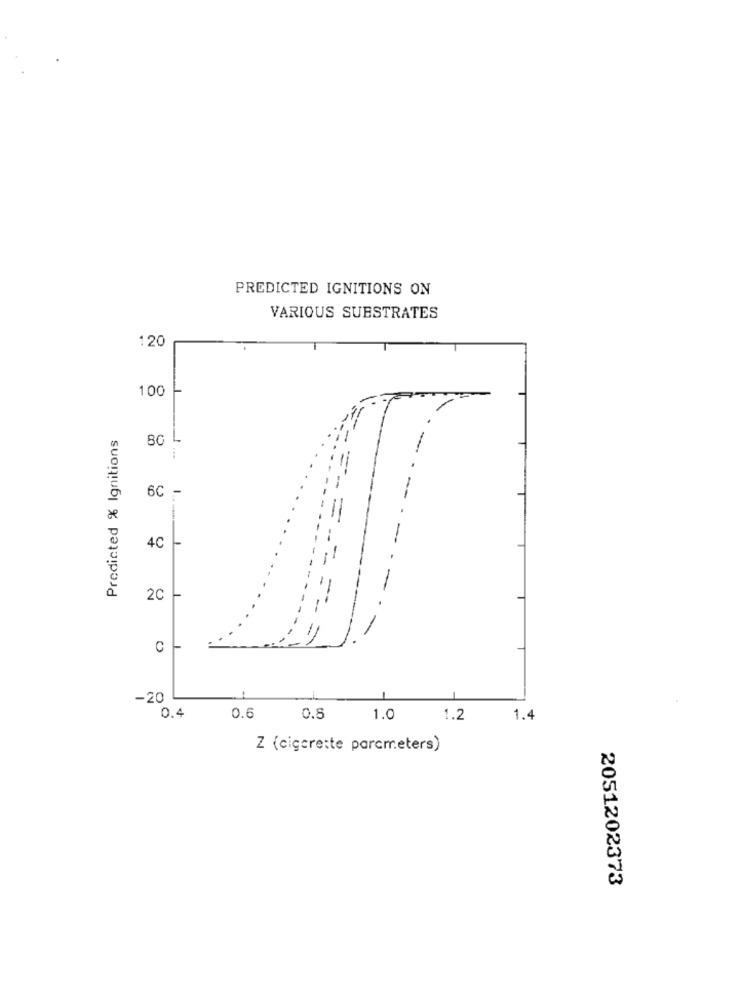
PREDICTED IGNITIONS ON
VARIOUS SUBSTRATES
120
100
Predicted % Ignitions
80
6C -
4C --
--
20
========
C
-20
0.4
0.6
0.8
1.0
1.2
1.4
Z (cigarette parcmeters)
2051202373